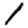
Digit: 1